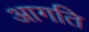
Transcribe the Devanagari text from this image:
आगति